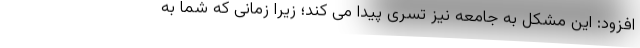
افزود: این مشکل به جامعه نیز تسری پیدا می کند؛ زیرا زمانی که شما به